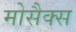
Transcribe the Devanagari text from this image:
मोसैक्स